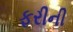
ફરીની